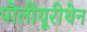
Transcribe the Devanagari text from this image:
पोलीयूरीथेन